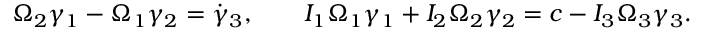
\begin{array} { r } { \Omega _ { 2 } \gamma _ { 1 } - \Omega _ { 1 } \gamma _ { 2 } = \dot { \gamma } _ { 3 } , \qquad I _ { 1 } \Omega _ { 1 } \gamma _ { 1 } + I _ { 2 } \Omega _ { 2 } \gamma _ { 2 } = c - I _ { 3 } \Omega _ { 3 } \gamma _ { 3 } . } \end{array}